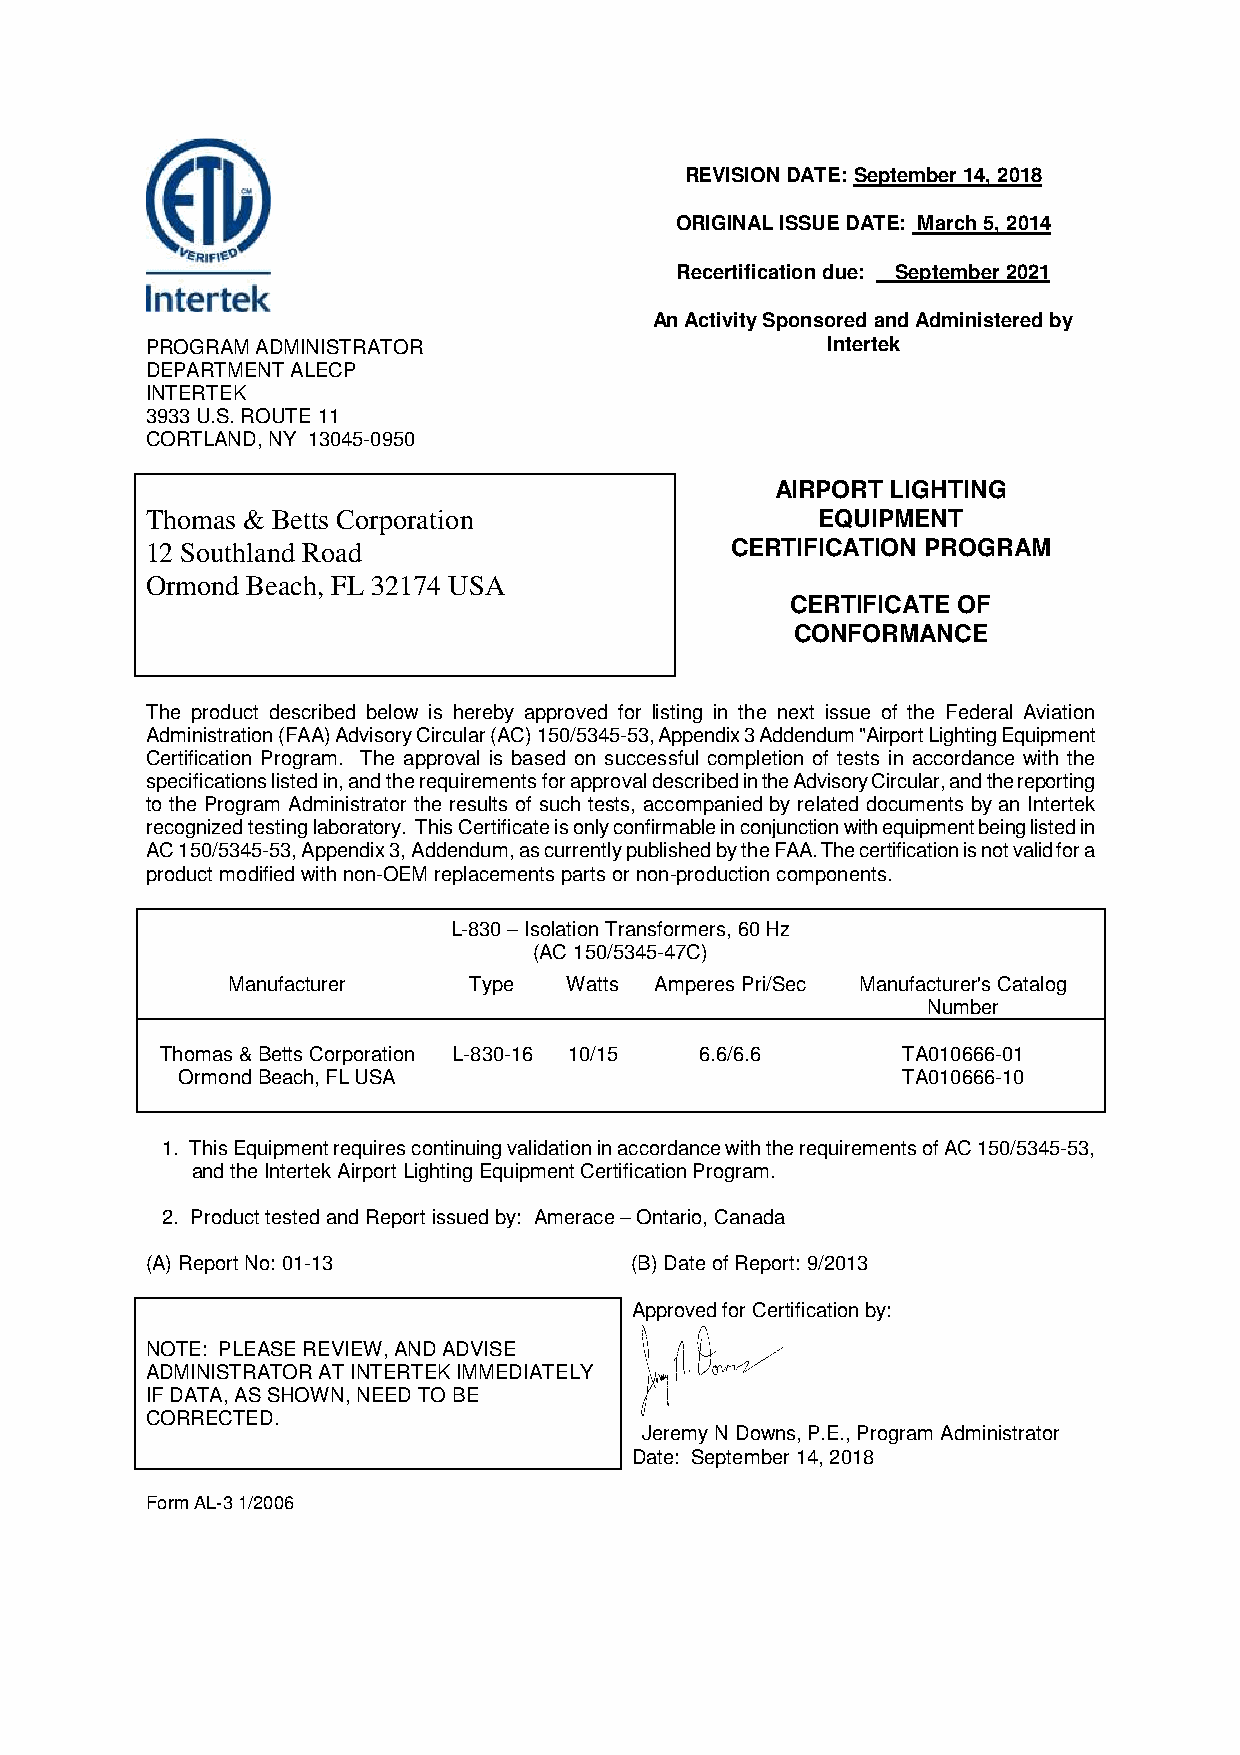
REVISION DATE: September 14, 2018
 ORIGINAL ISSUE DATE: March 5, 2014
 Recertification due: September 2021
 An Activity Sponsored and Administered by
 PROGRAM ADMINISTRATOR                        Intertek
 DEPARTMENT ALECP
 INTERTEK
 3933 U.S. ROUTE 11
 CORTLAND, NY 13045-0950
 AIRPORT LIGHTING
 Thomas & Betts Corporation                  EQUIPMENT
 12 Southland Road                     CERTIFICATION PROGRAM
 Ormond Beach, FL 32174 USA
 CERTIFICATE OF
 CONFORMANCE
 The product described below is hereby approved for listing in the next issue of the Federal Aviation
 Administration (FAA) Advisory Circular (AC) 150/5345-53, Appendix 3 Addendum "Airport Lighting Equipment
 Certification Program. The approval is based on successful completion of tests in accordance with the
 specifications listed in, and the requirements for approval described in the Advisory Circular, and the reporting
 to the Program Administrator the results of such tests, accompanied by related documents by an Intertek
 recognized testing laboratory. This Certificate is only confirmable in conjunction with equipment being listed in
 AC 150/5345-53, Appendix 3, Addendum, as currently published by the FAA. The certification is not valid for a
 product modified with non-OEM replacements parts or non-production components.
 L-830 – Isolation Transformers, 60 Hz
 (AC 150/5345-47C)
 Manufacturer    Type   Watts Amperes Pri/Sec Manufacturer's Catalog
 Number
 Thomas & Betts Corporation L-830-16 10/15 6.6/6.6 TA010666-01
 Ormond Beach, FL USA                            TA010666-10
 1. This Equipment requires continuing validation in accordance with the requirements of AC 150/5345-53,
 and the Intertek Airport Lighting Equipment Certification Program.
 2. Product tested and Report issued by: Amerace – Ontario, Canada
 (A) Report No: 01-13            (B) Date of Report: 9/2013
 Approved for Certification by:
 NOTE: PLEASE REVIEW, AND ADVISE
 ADMINISTRATOR AT INTERTEK IMMEDIATELY
 IF DATA, AS SHOWN, NEED TO BE
 CORRECTED.
 Jeremy N Downs, P.E., Program Administrator
 Date: September 14, 2018
 Form AL-3 1/2006